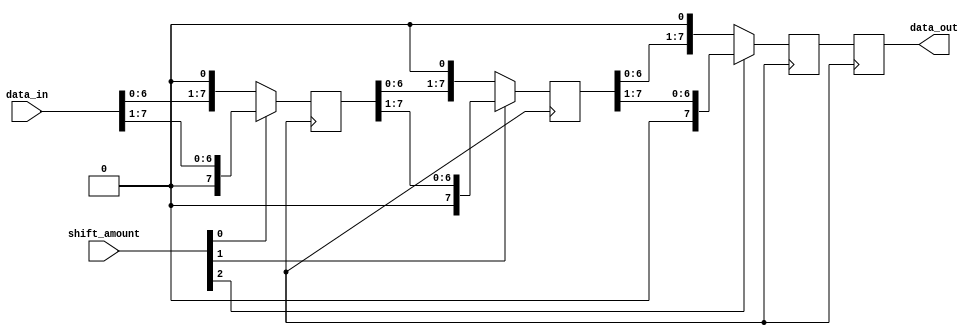
module CircularBarrelShifter (
  input [7:0] data_in,
  input [2:0] shift_amount,
  output reg [7:0] data_out
);

reg [7:0] shift_reg1, shift_reg2, shift_reg3;

always @ (posedge clk) begin
  shift_reg1 <= (shift_amount[0]) ? data_in >> 1 : data_in << 1;
  shift_reg2 <= (shift_amount[1]) ? shift_reg1 >> 1 : shift_reg1 << 1;
  shift_reg3 <= (shift_amount[2]) ? shift_reg2 >> 1 : shift_reg2 << 1;

  data_out <= shift_reg3;
end

endmodule